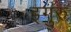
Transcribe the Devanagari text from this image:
इगुरु